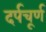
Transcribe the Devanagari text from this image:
दर्पचूर्ण